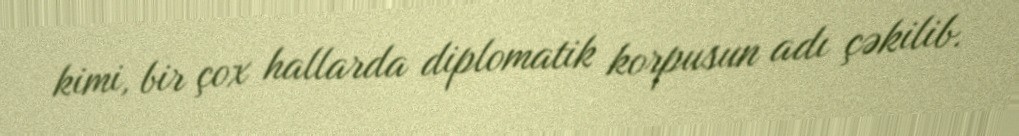
kimi, bir çox hallarda diplomatik korpusun adı çəkilib.